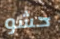
حشو